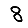
Digit: 8